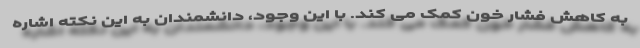
به کاهش فشار خون کمک می کند. با این وجود، دانشمندان به این نکته اشاره